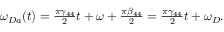
\begin{array} { r } { \omega _ { D a } ( t ) = \frac { \pi \gamma _ { 4 4 } } { 2 } t + \omega + \frac { \pi \beta _ { 4 4 } } { 2 } = \frac { \pi \gamma _ { 4 4 } } { 2 } t + \omega _ { D } . } \end{array}